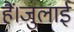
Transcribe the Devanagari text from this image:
हैं।जुलाई